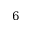
6